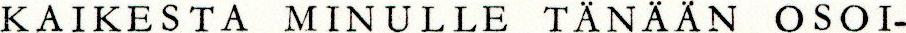
KAIKESTA MINULLE TÄNÄÄN OSOI-